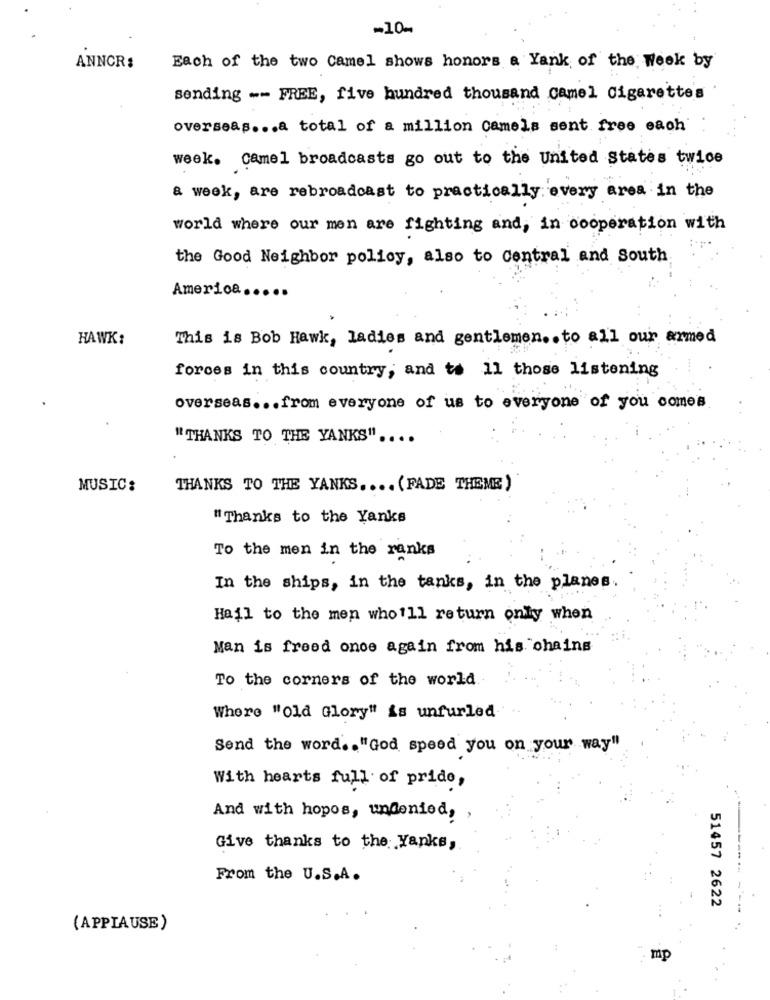
-10-
ANNCR:
Each of the two Camel shows honors a Yank of the Week by
sending -- FREE, five hundred thousand camel Cigarettes
overseas .. . a total of a million camels ment free each
week. Camel broadcasts go out to the United States twice
a week, are rebroadcast to practically every area in the
world where our men are fighting and, in cooperation with
the Good Neighbor policy, also to Central and South
America .....
HAWK:
This is Bob Hawk, ladies and gentlemen .. to all our armed
forces in this country, and to 11 those listening
overseas ... from everyone of us to everyone of you comes
"THANKS TO THE YANKS" ....
MUSIC:
THANKS TO THE YANKS .... (FADE THEME)
" Thanks to the Yanks
To the men in the ranks
In the ships, in the tanks, in the planes
Hail to the men who'll return only when
Man is freed once again from his chains
To the corners of the world
Where "Old Glory" is unfurled."
Send the word .. "God speed you on your way"
With hearts full of pride,
And with hopos, undenied, ,
Give thanks to the Yanks,
From the U.S.A.
51457 2622
(APPLAUSE)
mp